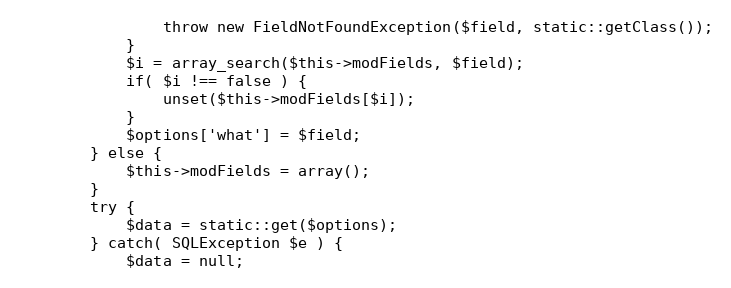
Language: PHP
				throw new FieldNotFoundException($field, static::getClass());
			}
			$i = array_search($this->modFields, $field);
			if( $i !== false ) {
				unset($this->modFields[$i]);
			}
			$options['what'] = $field;
		} else {
			$this->modFields = array();
		}
		try {
			$data = static::get($options);
		} catch( SQLException $e ) {
			$data = null;